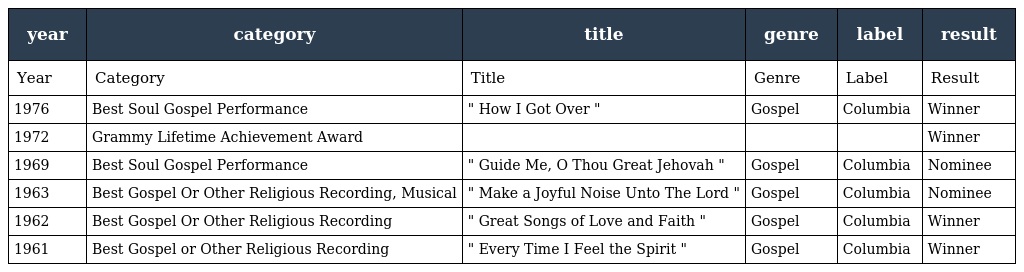
| year | category | title | genre | label | result |
 | --- | --- | --- | --- | --- | --- |
 | Year | Category | Title | Genre | Label | Result |
 | 1976 | Best Soul Gospel Performance | " How I Got Over " | Gospel | Columbia | Winner |
 | 1972 | Grammy Lifetime Achievement Award |  |  |  | Winner |
 | 1969 | Best Soul Gospel Performance | " Guide Me, O Thou Great Jehovah " | Gospel | Columbia | Nominee |
 | 1963 | Best Gospel Or Other Religious Recording, Musical | " Make a Joyful Noise Unto The Lord " | Gospel | Columbia | Nominee |
 | 1962 | Best Gospel Or Other Religious Recording | " Great Songs of Love and Faith " | Gospel | Columbia | Winner |
 | 1961 | Best Gospel or Other Religious Recording | " Every Time I Feel the Spirit " | Gospel | Columbia | Winner |